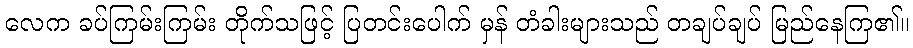
လေက ခပ်ကြမ်းကြမ်း တိုက်သဖြင့် ပြတင်းပေါက် မှန် တံခါးများသည် တချပ်ချပ် မြည်နေကြ၏။